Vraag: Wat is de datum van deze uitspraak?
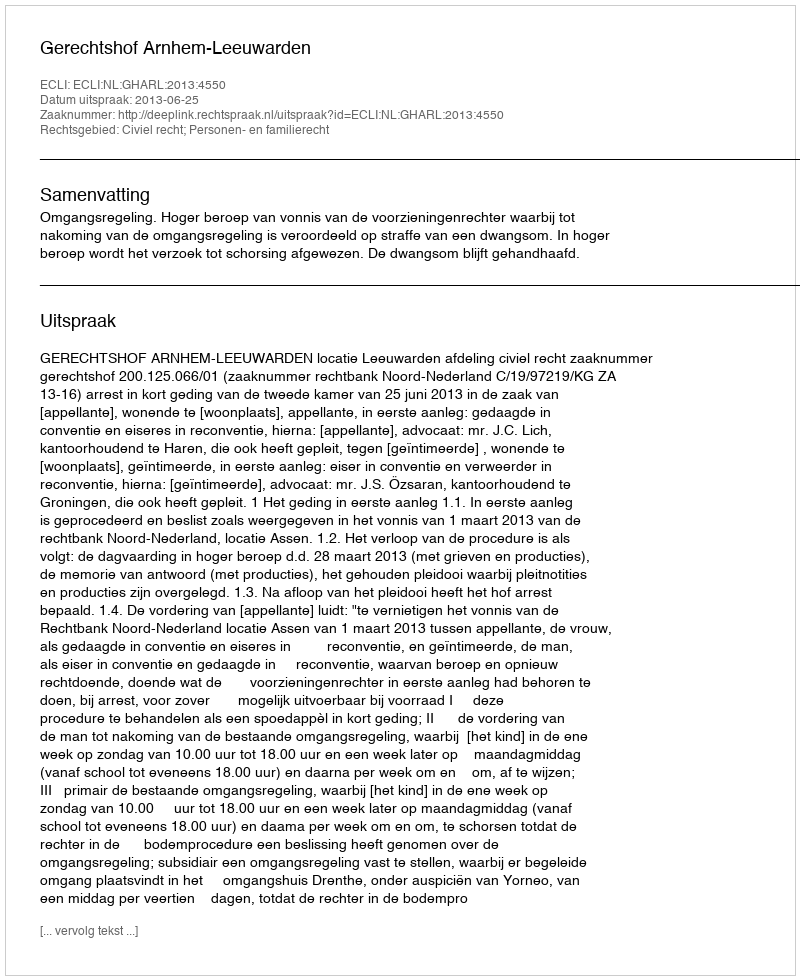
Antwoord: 2013-06-25